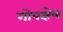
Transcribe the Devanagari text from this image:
गोपक्षेत्र